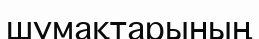
шумақтарының